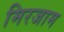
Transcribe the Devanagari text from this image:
मिरजाम